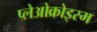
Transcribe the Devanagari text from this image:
प्लेओक्रोइस्म